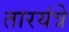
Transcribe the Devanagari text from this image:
तारयंत्रे